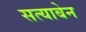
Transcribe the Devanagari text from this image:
सत्याबेन